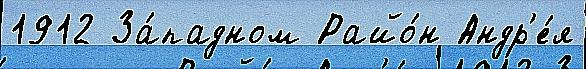
1912 За́падном Райо́н Андр'е́я